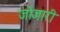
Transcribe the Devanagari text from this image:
जोजारी